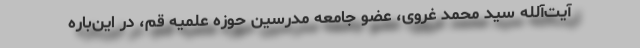
آیت‌آلله سید محمد غروی، عضو جامعه مدرسین حوزه علمیه قم، در این‌باره